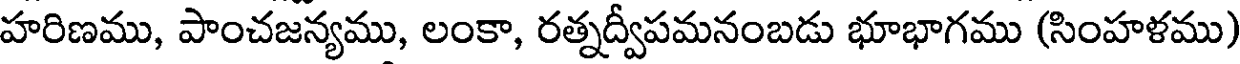
హరిణము, పాంచజన్యము, లంకా, రత్నద్వీపమనంబడు భూభాగము (సింహళము)